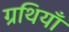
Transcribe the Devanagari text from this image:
ग्रथियाँ